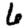
Digit: 6